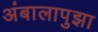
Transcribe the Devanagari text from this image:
अंबालापुझा